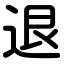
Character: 退